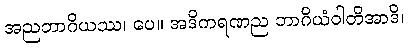
အညဘာဂိယဿ၊ ပေ။ အဒိကရဏည ဘာဂိယံဝါတိအာဒိ၊